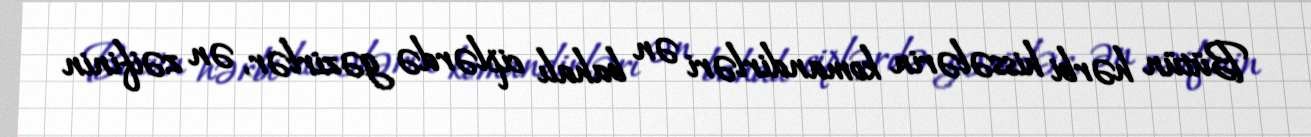
Bütün hərbi hissələrin komandirləri ən bahalı ciplərdə gəzirlər, ən zəifinin